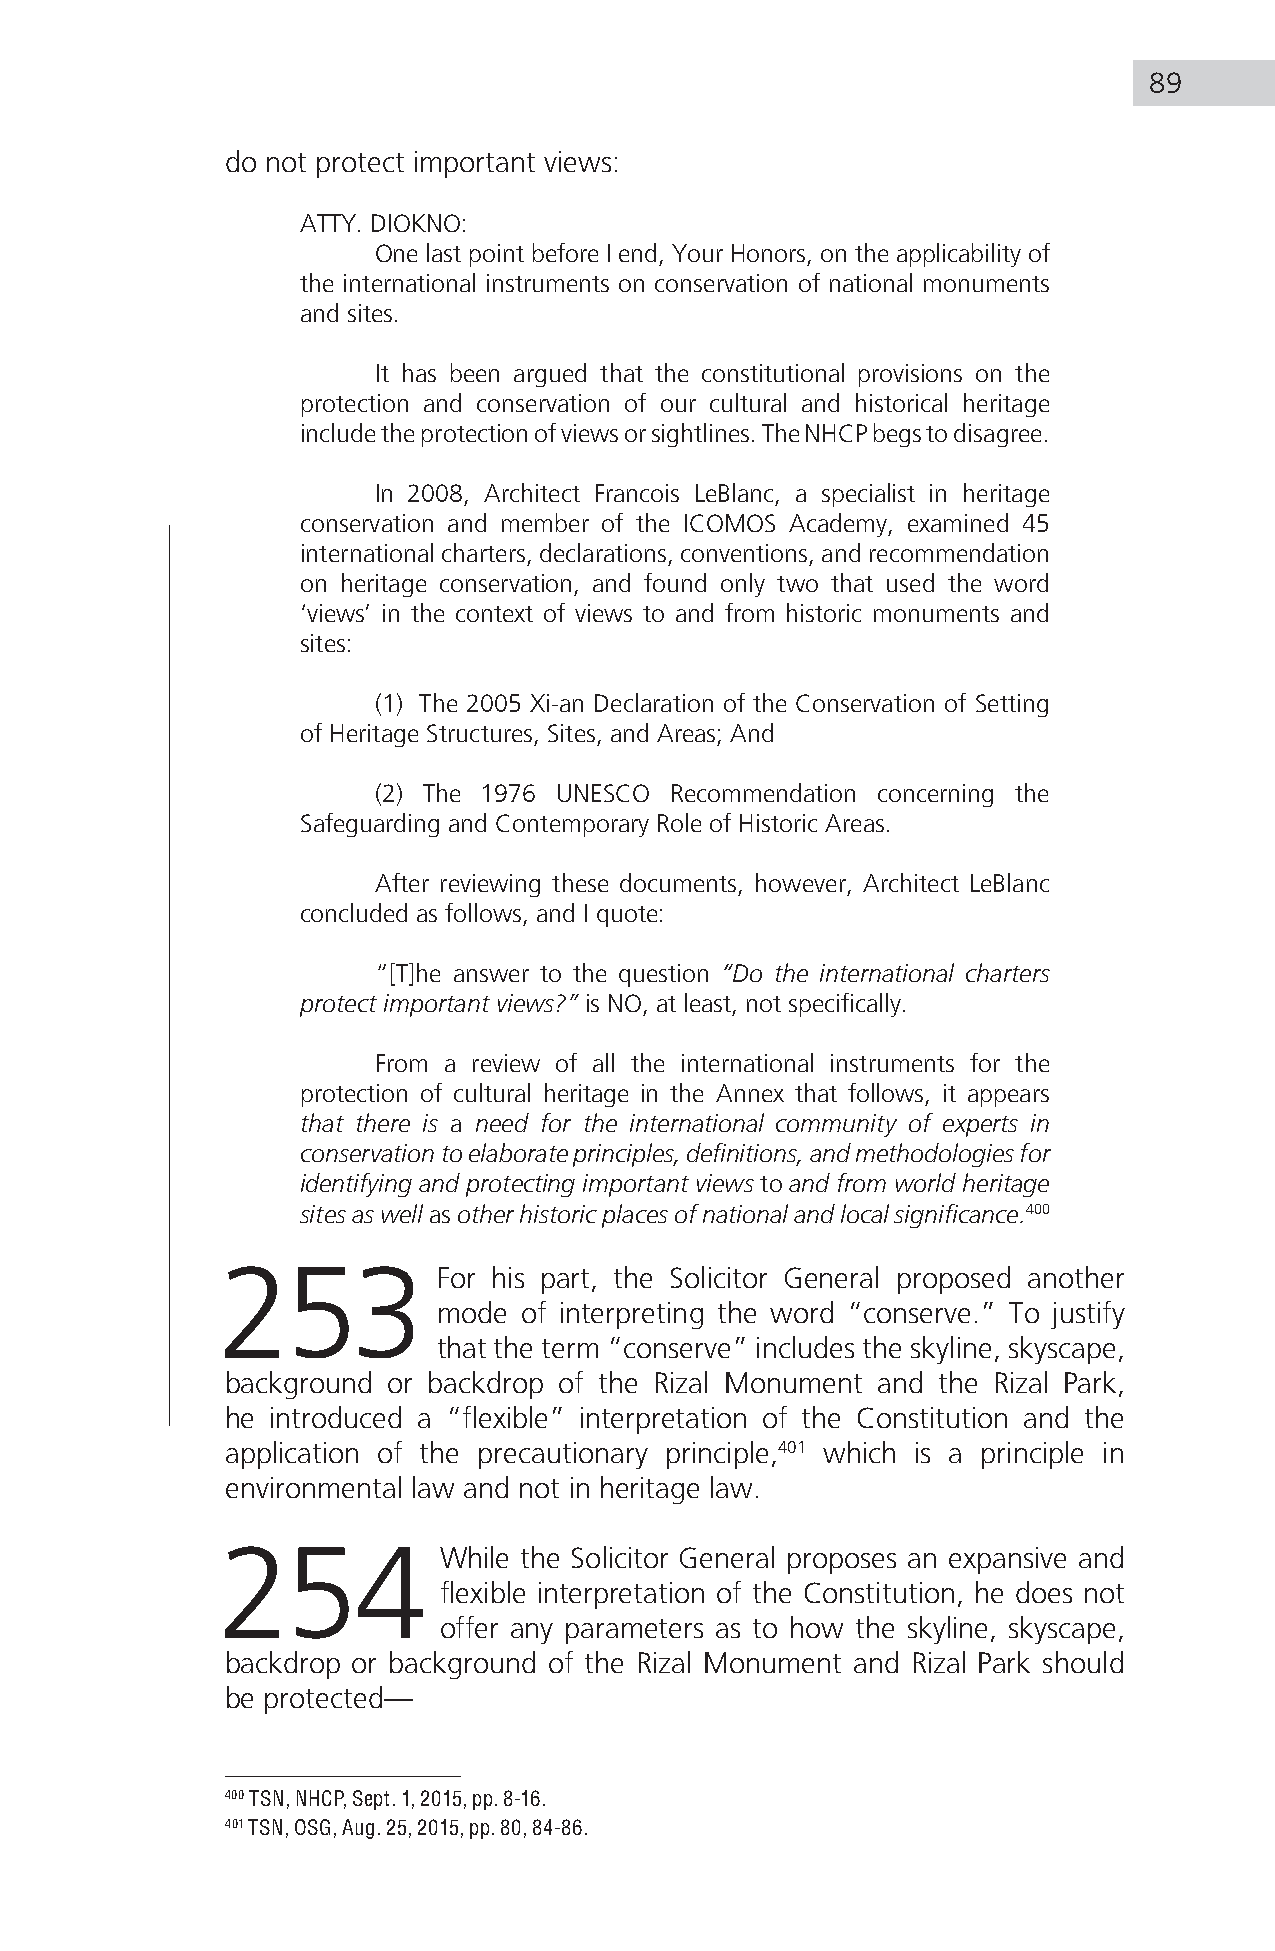
89
 do not protect important views:
 ATTY. DIOKNO:
 One last point before I end, Your Honors, on the applicability of
 the international instruments on conservation of national monuments
 and sites.
 It has been argued that the constitutional provisions on the
 protection and conservation of our cultural and historical heritage
 include the protection of views or sightlines. The NHCP begs to disagree.
 In 2008, Architect Francois LeBlanc, a specialist in heritage
 conservation and member of the ICOMOS Academy, examined 45
 international charters, declarations, conventions, and recommendation
 on heritage conservation, and found only two that used the word
 ‘views’ in the context of views to and from historic monuments and
 sites:
 (1) The 2005 Xi-an Declaration of the Conservation of Setting
 of Heritage Structures, Sites, and Areas; And
 (2) The 1976 UNESCO Recommendation concerning the
 Safeguarding and Contemporary Role of Historic Areas.
 After reviewing these documents, however, Architect LeBlanc
 concluded as follows, and I quote:
 “[T]he answer to the question “Do the international charters
 protect important views?” is NO, at least, not specifically.
 From a review of all the international instruments for the
 protection of cultural heritage in the Annex that follows, it appears
 that there is a need for the international community of experts in
 conservation to elaborate principles, definitions, and methodologies for
 identifying and protecting important views to and from world heritage
 sites as well as other historic places of national and local significance.400
 253            For his part, the Solicitor General proposed another
 mode of interpreting the word “conserve.” To justify
 that the term “conserve” includes the skyline, skyscape,
 background or backdrop of the Rizal Monument and the Rizal Park,
 he introduced a “flexible” interpretation of the Constitution and the
 application of the precautionary principle,401 which is a principle in
 environmental law and not in heritage law.
 254            While the Solicitor General proposes an expansive and
 flexible interpretation of the Constitution, he does not
 offer any parameters as to how the skyline, skyscape,
 backdrop or background of the Rizal Monument and Rizal Park should
 be protected—
 400 TSN, NHCP, Sept. 1, 2015, pp. 8-16.
 401 TSN, OSG, Aug. 25, 2015, pp. 80, 84-86.